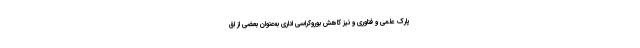
پارک علمی و فناوری و نیز کاهش بوروکراسی اداری به‌عنوان بعضی از اق